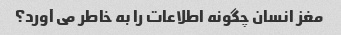
مغز انسان چگونه اطلاعات را به خاطر می آورد؟